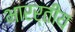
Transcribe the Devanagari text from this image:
भारर्तीय